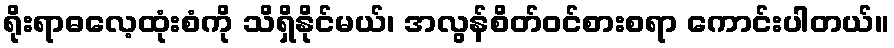
ရိုးရာဓလေ့ထုံးစံကို သိရှိနိုင်မယ်၊ အလွန်စိတ်ဝင်စားစရာ ကောင်းပါတယ်။